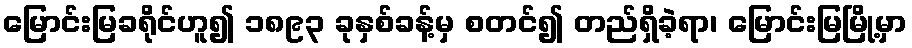
မြောင်းမြခရိုင်ဟူ၍ ၁၈၉၃ ခုနှစ်ခန့်မှ စတင်၍ တည်ရှိခဲ့ရာ၊ မြောင်းမြမြို့မှာ